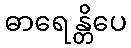
ဓာရေန္တိပေ